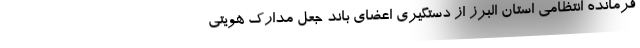
فرمانده انتظامی استان البرز از دستگیری اعضای باند جعل مدارک هویتی